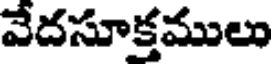
వేదసూక్తములు